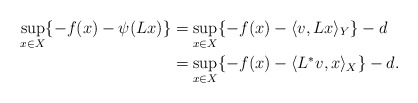
\begin{align*}\sup\limits_{x\in X}\{-f(x)-\psi(Lx)\}&=\sup\limits_{x\in X}\{-f(x)- \langle v,Lx\rangle_Y \}-d\\&=\sup\limits_{x\in X}\{-f(x)- \langle L^* v,x\rangle_X \} -d. \end{align*}